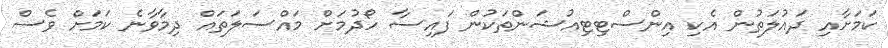
ކަމަށާއި ދައުލަތުން އެކި އިންސްޓިޓިއުޝަންތަކުން ފައިސާ ހޯދުމަށް މައްސަލަތައް ދިމާވާނެ ކަމަށް ވެސް